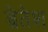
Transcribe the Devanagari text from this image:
ब्रेतेश